Annual report of the Prince of Wales Medical College, Patna
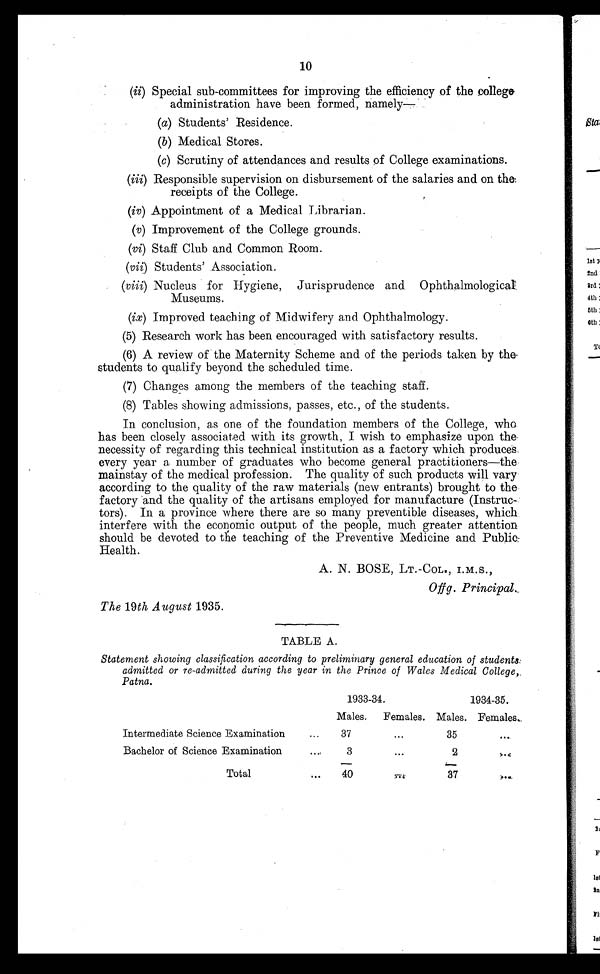
10
(ii)
Special sub-committees for improving the efficiency of the college
administration have been formed, namely—
(a) Students' Residence.
(b)
Medical Stores.
(c)
Scrutiny of attendances and results of College examinations.
(iii)
Responsible supervision on disbursement of the salaries and on the:
receipts of the College.
(iv)
Appointment of a Medical Librarian.
(v)
Improvement of the College grounds.
(vi)
Staff Club and Common Room.
(vii)
Students' Association.
(viii)
Nucleus for Hygiene, Jurisprudence and Ophthalmological
Museums.
(ix)
Improved teaching of Midwifery and Ophthalmology.
(5) Research work has been encouraged with satisfactory results.
(6)
A review of the Maternity Scheme and of the periods taken by the-
students to qualify beyond the scheduled time.
(7)
Changes among the members of the teaching staff.
(8)
Tables showing admissions, passes, etc., of the students.
In conclusion, as one of the foundation members of the College, who
has been closely associated with its growth, I wish to emphasize upon the.
necessity of regarding this technical institution as a factory which produces
every year a number of graduates who become general practitioners—the
mainstay of the medical profession. The quality of such products will vary
according to the quality of the raw materials (new entrants) brought to the
factory and the quality of the artisans employed for manufacture (Instruc
tors). In a province where there are so many preventible diseases, which.
interfere with the economic output of the people, much greater attention
should be devoted to the teaching of the Preventive Medicine and Public:
Health.
A. N. BOSE, INT.-COL., I.M.S.,
Off g. Principal
The 19th August 1935.
TABLE A.
Statement showing classification according to preliminary general education of students:
admitted or re-admitted during the year in the Prince of Wales Medical College,.
Patna.
1933-34.
1934-35.
Males.
Females. Males. Females
Intermediate Science Examination
37
35
Bachelor of Science Examination
3
2
Total
40
37